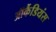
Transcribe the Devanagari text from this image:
ऑर्कैडियंस